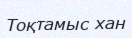
Тоқтамыс хан